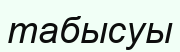
табысуы